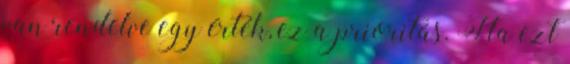
van rendelve egy érték, ez a prioritás. Ha ezt